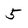
Character: 5